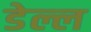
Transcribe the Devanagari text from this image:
डेल्ल